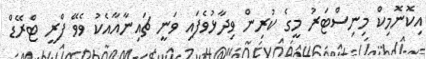
އިކޮނޮމިކް މިނިސްޓަރު މީގެ ކުރިން ވިދާޅުވެފައި ވަނީ ޗައިނާއާއެކު ވެވޭ ފްރީ ޓްރޭޑް